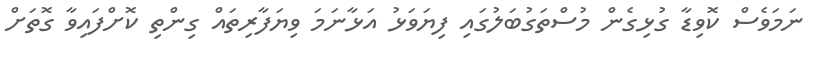
ނަމަވެސް ކޮވިޑާ ގުޅިގެން މުސްތަގުބަލުގައި ފިޔަވަޅު އަޅާނަމަ ވިޔަފާރިތައް ގިންތި ކޮށްފައިވާ ގޮތަށް